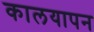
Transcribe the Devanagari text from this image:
कालयापन